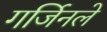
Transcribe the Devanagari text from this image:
गर्जिनले